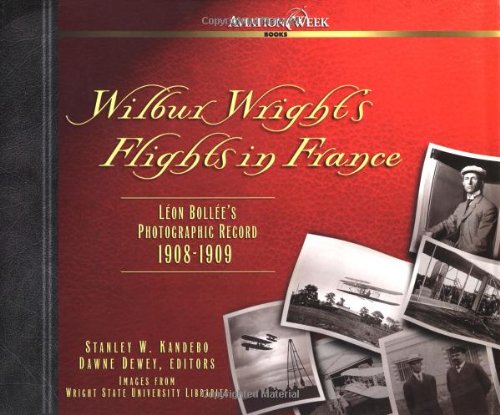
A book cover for Wilbur Wright's Flights in France : Leon Bollee's Photographic Record 1908-1909; Stanley W. Kandebo; Arts & Photography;